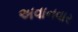
અવાનવાર